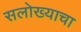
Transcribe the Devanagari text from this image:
सलोख्याचा